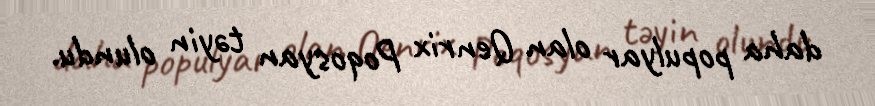
daha populyar olan Qenrix Poqosyan təyin olundu.